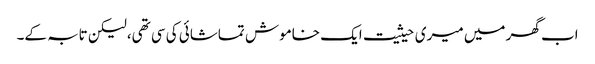
اب گھر میں میری حیثیت ایک خاموش تماشائی کی سی تھی،لیکن تابہ کے۔